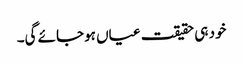
خود ہی حقیقت عیاں ہوجائے گی۔